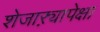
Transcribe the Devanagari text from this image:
शेजाऱ्यापेक्षा